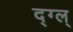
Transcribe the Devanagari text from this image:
द्ग्ल्